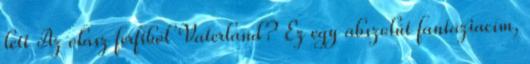
lett Az olasz férfiból Vaterland? Ez egy abszolút fantáziacím,